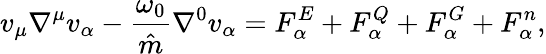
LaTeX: v_{\mu}\nabla^{\mu}v_{\alpha}-\frac{\omega_{0}}{\hat{m}}\nabla^{0}v_{\alpha}=F_{\alpha}^{E}+F_{\alpha}^{Q}+F_{\alpha}^{G}+F_{\alpha}^{n},